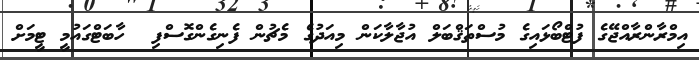
އިމްރާންރާއްޖޭގެ ފުޓްބޯޅައިގެ މުސްތަޤްބަލް އުޖާލާކަން މިއަދުގެ މެޗުން ފެނިގެންގޮސްފި  ހާބަޓްގައުމީ ޓީމަށް